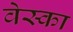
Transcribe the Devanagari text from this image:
वेस्का